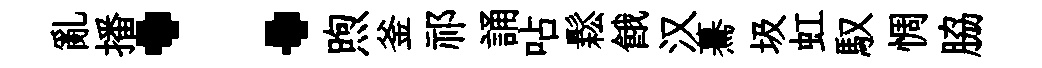
亂播：煦釜祁誦呫鬆餓汉驀圾虹馭惆脇